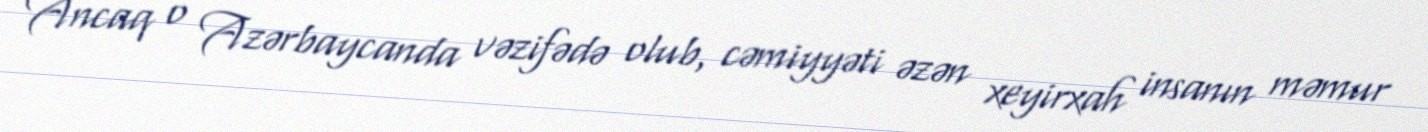
Ancaq o Azərbaycanda vəzifədə olub, cəmiyyəti əzən xeyirxah insanın məmur